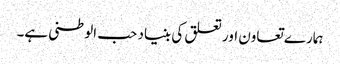
ہمارے تعاون اور تعلق کی بنیاد حب الوطنی ہے۔